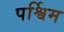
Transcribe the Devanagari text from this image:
पर्श्विम